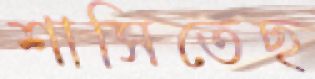
শাসিতেছ